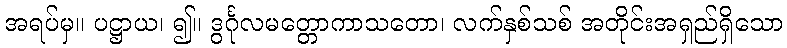
အရပ်မှ။ ပဋ္ဌာယ၊ ၍။ ဒွင်္ဂုလမတ္တောကာသတော၊ လက်နှစ်သစ် အတိုင်းအရှည်ရှိသော